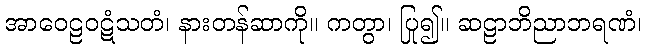
အာဝေဠဝဋံသတံ၊ နားတန်ဆာကို။ ကတွာ၊ ပြု၍။ ဆဠာဘိညာဘရဏံ၊